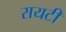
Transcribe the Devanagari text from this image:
रायटी